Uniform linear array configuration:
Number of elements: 48
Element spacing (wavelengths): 1
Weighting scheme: kaiser
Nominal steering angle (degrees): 30
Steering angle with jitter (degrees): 31.534
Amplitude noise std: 0.05
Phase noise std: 0.05

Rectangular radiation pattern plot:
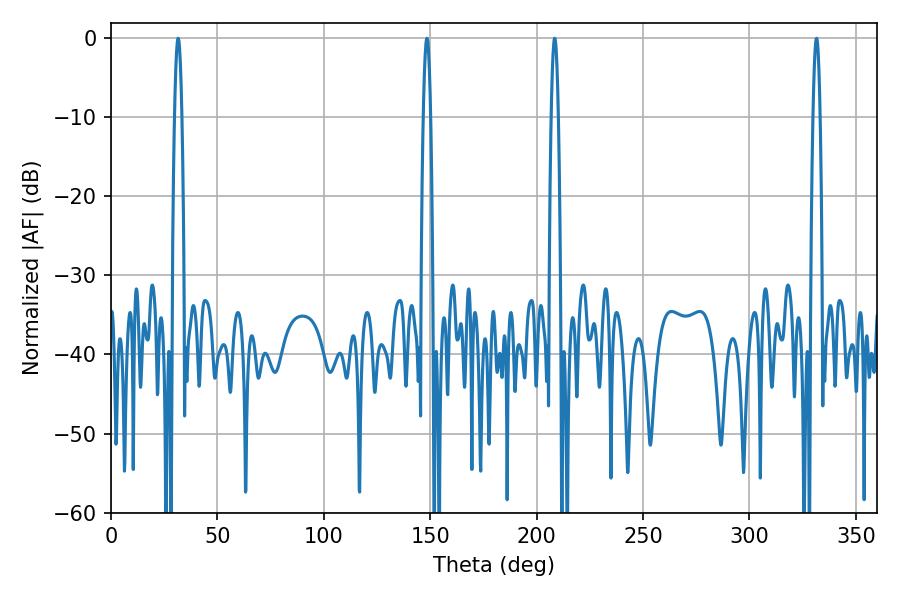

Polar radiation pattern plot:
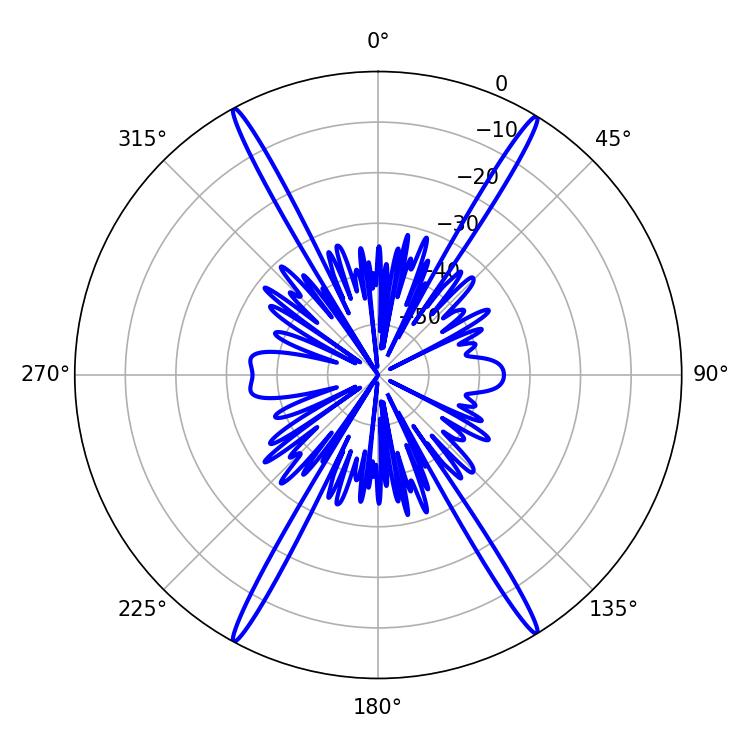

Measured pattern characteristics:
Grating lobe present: TRUE
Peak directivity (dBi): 26.599
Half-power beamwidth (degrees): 1.8
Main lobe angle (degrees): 208.44